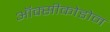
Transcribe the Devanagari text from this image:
ऑक्सीकोडोन